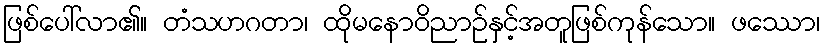
ဖြစ်ပေါ်လာ၏။ တံသဟဂတာ၊ ထိုမနောဝိညာဉ်နှင့်အတူဖြစ်ကုန်သော။ ဖဿော၊